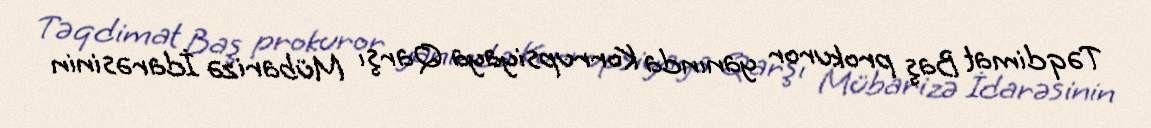
Təqdimat Baş prokuror yanında Korrupsiyaya Qarşı Mübarizə İdarəsinin